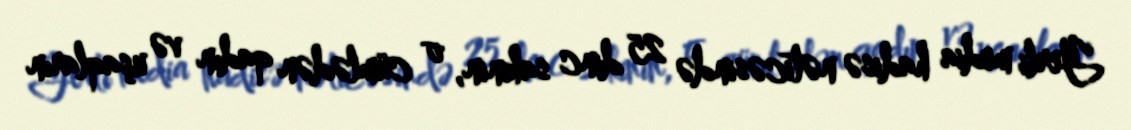
Yerli media hadisə nəticəsində 25 dinc sakinin, o cümlədən qadın və uşaqların